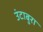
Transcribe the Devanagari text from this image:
उंटाबुरा